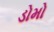
ડોમો